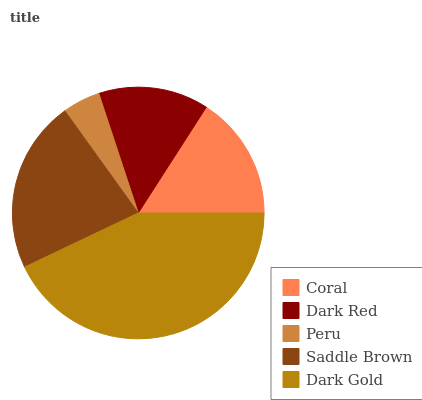
| Coral | Dark Red | Peru | Saddle Brown | Dark Gold |
 | --- | --- | --- | --- | --- |
 | 15.9% | 14.2% | 4.85% | 22.1% | 43% |